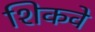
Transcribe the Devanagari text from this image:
शिकवे